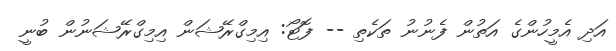
އަދި އެމީހުންގެ އަތުން ފެނުނު ތަކެތި -- ފޮޓޯ: އިމިގްރޭޝަން އިމިގްރޭޝަނުން ބުނީ